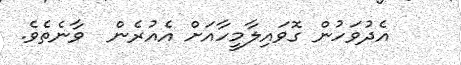
އެދުވަހުން ގޮވައިލާމީހާއަށް އެއުރެން  ވާނެތެވެ.